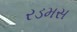
રડમસ